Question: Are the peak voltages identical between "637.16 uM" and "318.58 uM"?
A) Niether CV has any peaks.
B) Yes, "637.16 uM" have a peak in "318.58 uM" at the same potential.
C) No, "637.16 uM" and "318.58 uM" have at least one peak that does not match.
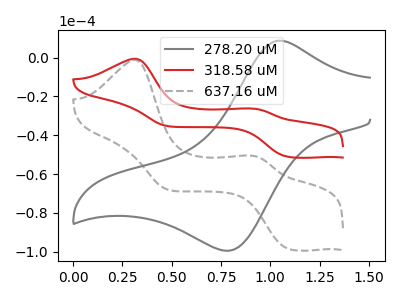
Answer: <think>The gray curve "278.20 uM" has an anodic peak at (1.05V, 8.70uA) and a cathodic peak at (0.80V, -99.45uA). The red curve "318.58 uM" has anodic peaks at (0.30V, -0.60uA) (0.90V, -26.25uA) and cathodic peaks at (1.10V, -51.05uA) (0.50V, -35.30uA). The gray dashed curve "637.16 uM" has anodic peaks at (0.30V, -1.20uA) (0.90V, -50.55uA) and cathodic peaks at (1.10V, -98.40uA) (0.50V, -67.95uA).</think>
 <answer>B) Yes, "637.16 uM" have a peak in "318.58 uM" at the same potential.</answer>
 <eval>B</eval>